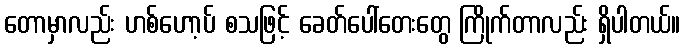
တောမှာလည်း ဟစ်ဟော့ပ် စသဖြင့် ခေတ်ပေါ်တေးတွေ ကြိုက်တာလည်း ရှိပါတယ်။